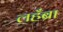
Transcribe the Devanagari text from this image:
लहँब्रा